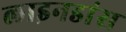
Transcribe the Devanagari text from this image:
लाइनडांस